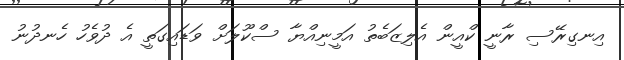
އިނގިރޭސި ރާނީ ކްއީން އެލިޒަބެތު އަމީނިއްޔާ ސްކޫލަށް ވަޑައިގަތީ އެ ދުވެހު ހެނދުނު